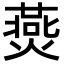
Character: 㷼